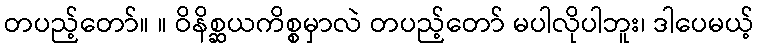
တပည့်တော်။ ။ ဝိနိစ္ဆယကိစ္စမှာလဲ တပည့်တော် မပါလိုပါဘူး၊ ဒါပေမယ့်